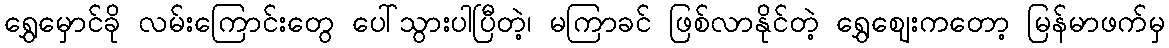
ရွှေမှောင်ခို လမ်းကြောင်းတွေ ပေါ်သွားပါပြီတဲ့၊ မကြာခင် ဖြစ်လာနိုင်တဲ့ ရွှေဈေးကတော့ မြန်မာဖက်မှ